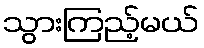
သွားကြည့်မယ်